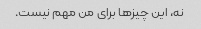
نه، این چیزها برای من مهم نیست.